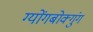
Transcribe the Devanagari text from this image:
ग्योंगबोक्गुंग